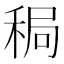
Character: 𫀸